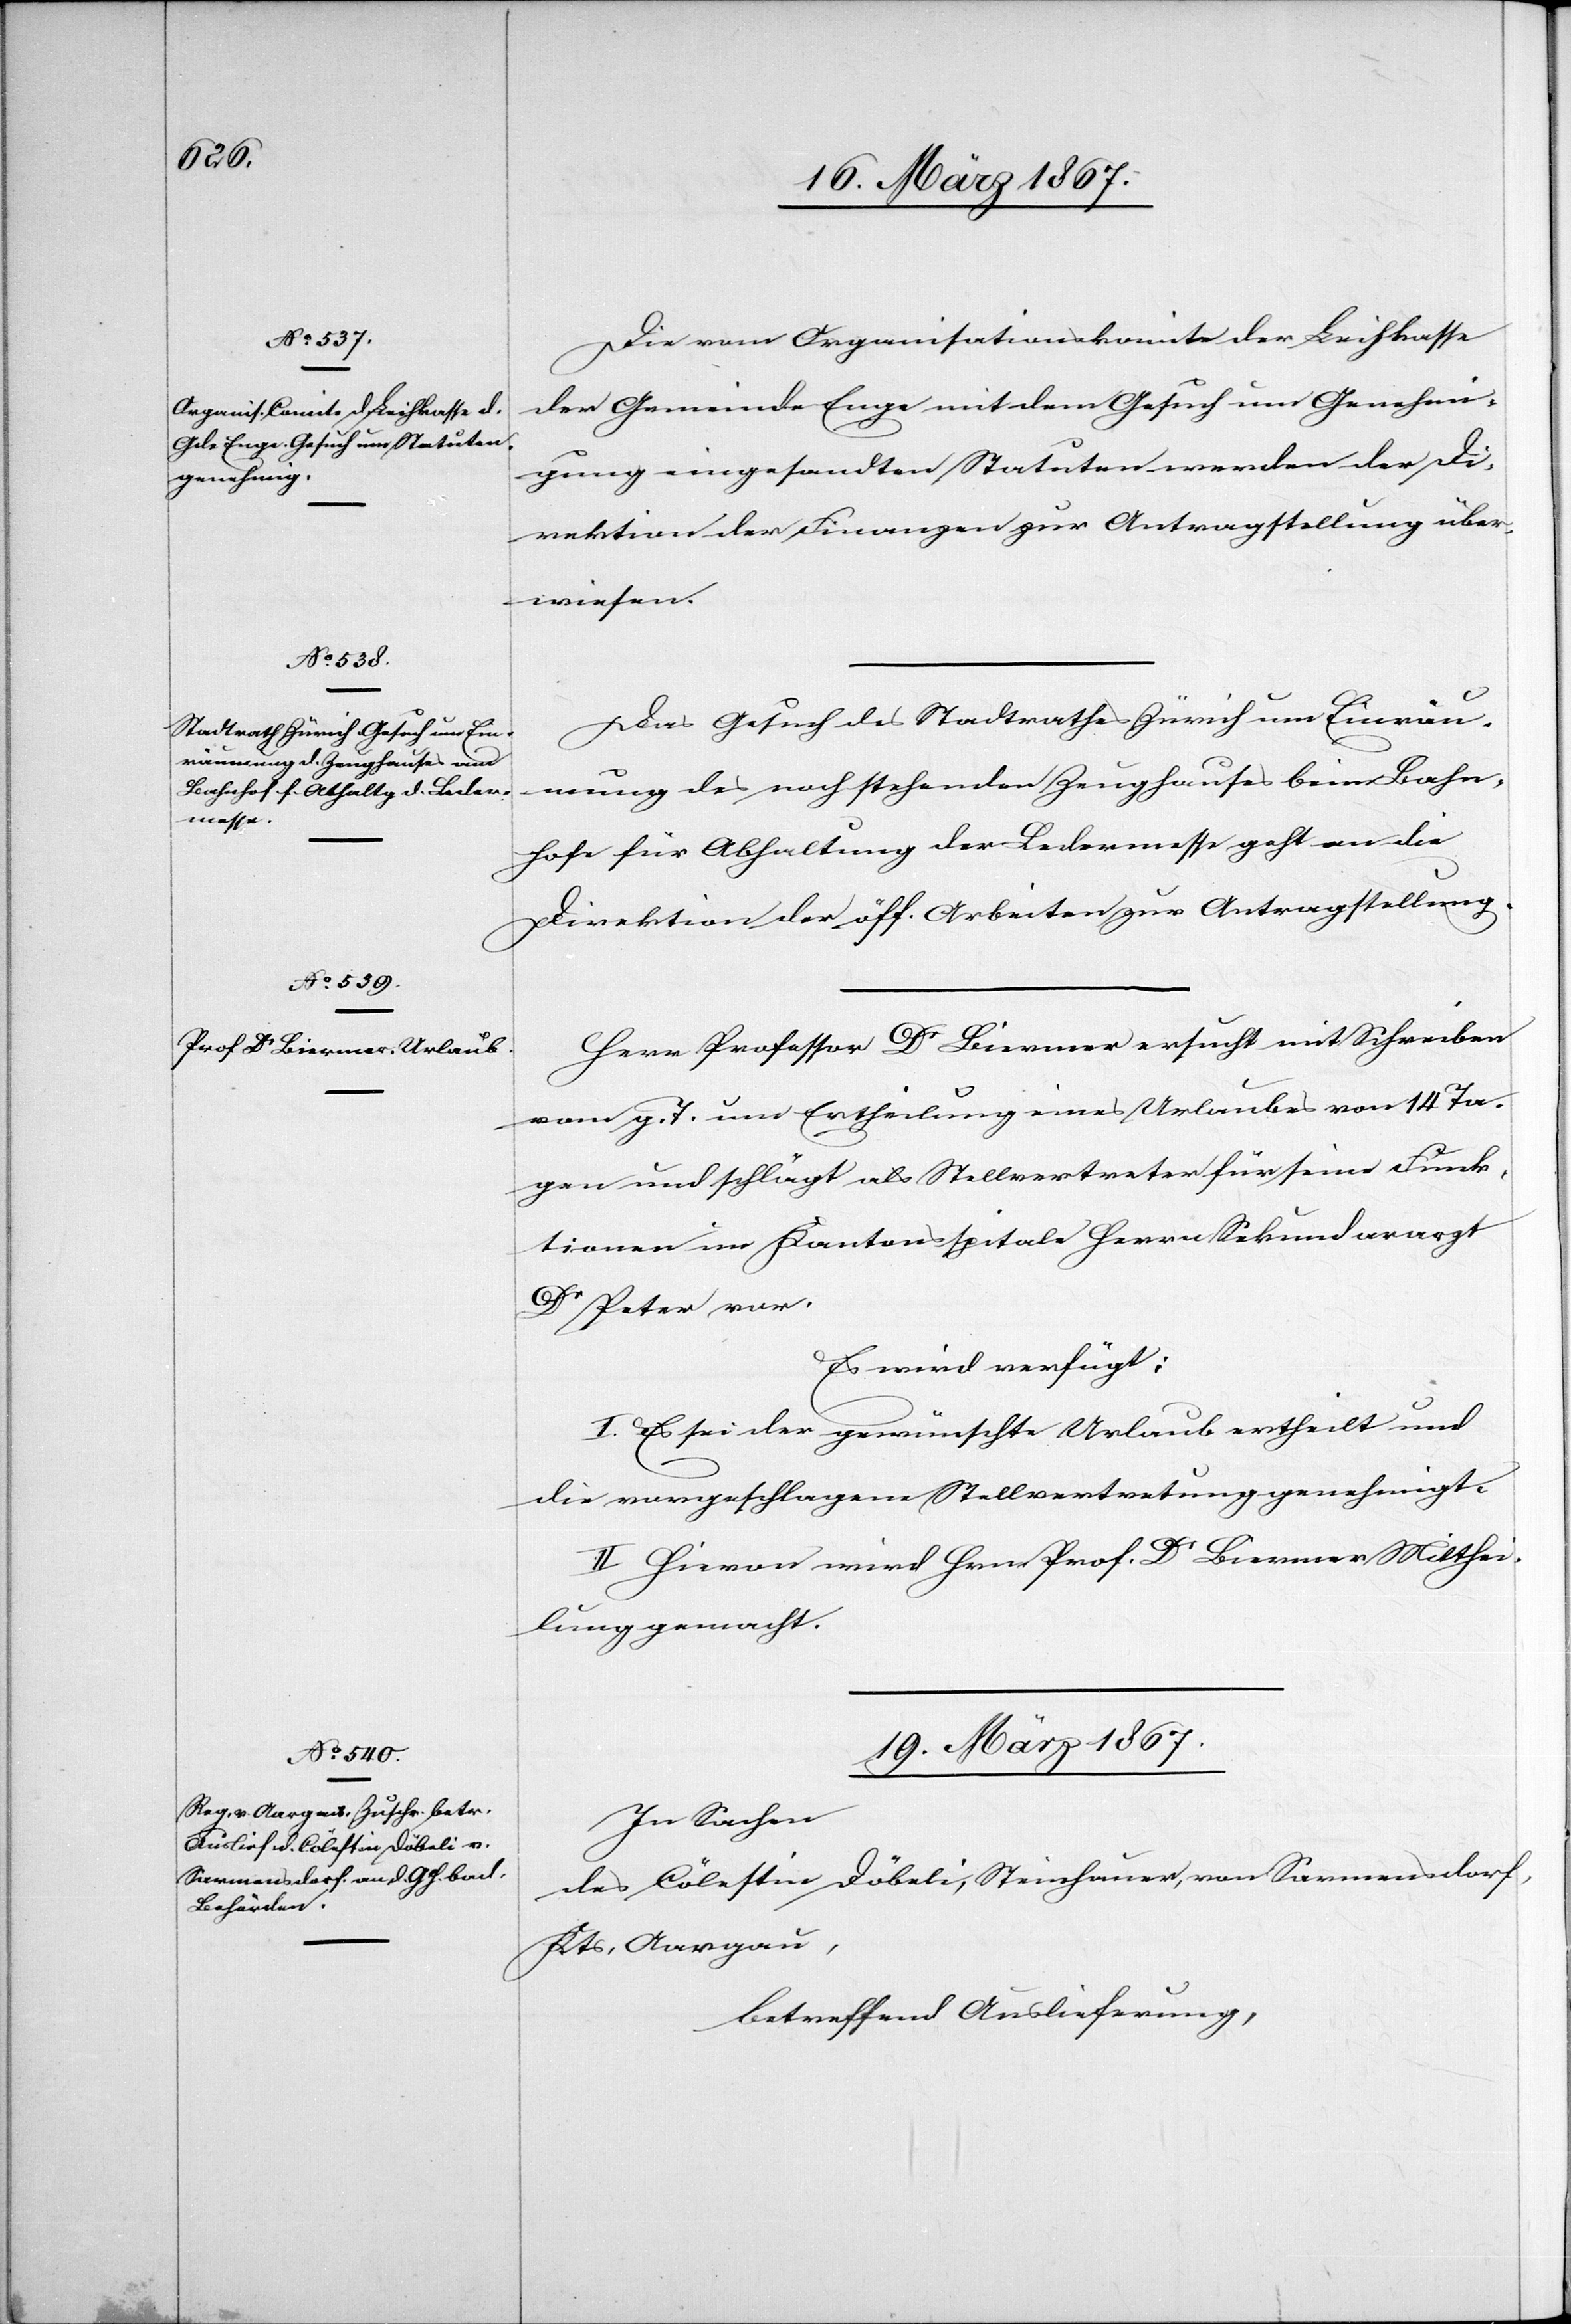
18. März 1867.]
Die vom Organisationskomite der Leihkasse
der Gemeinde Enge mit dem Gesuch um Genehmi¬
gung eingesandten Statuten werden der Di¬
rektion der Finanzen zur Antragstellung über¬
wiesen.
Das Gesuch des Stadtrathes Zürich um Einräu¬
mung des noch stehenden Zeughauses beim Bahn¬
hofe für Abhaltung der Ledermesse geht an die
Direktion der öff. Arbeiten zur Antragstellung.
Herr Professor Dr Biermer ersucht mit Schreiben
vom g. T. um Ertheilung eines Urlaubes von 14 Ta¬
gen und schlägt als Stellvertreter für seine Funk¬
tionen im Kantonsspitale Herrn Sekundararzt
Dr Peter vor.
Es wird verfügt:
I. Es sei der gewünschte Urlaub ertheilt und
die vorgeschlagene Stellvertretung genehmigt.
II. Hievon wird Hrn. Prof. Dr Biermer Mitthei¬
lung gemacht.
19. März 1867.
In Sachen
des Cölestin Döbeli, Steinhauer, von Sarmensdorf,
Kts. Aargau,
betreffend Auslieferung,